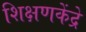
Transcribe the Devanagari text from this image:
शिक्षणकेंद्रे